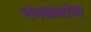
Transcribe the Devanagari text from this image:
नवकथांचा